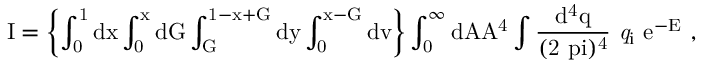
\mathrm { I = \left\{ \int _ { 0 } ^ { 1 } d x \int _ { 0 } ^ { x } d G \int _ { G } ^ { 1 - x + G } d y \int _ { 0 } ^ { x - G } d v \right\} \int _ { 0 } ^ { \infty } d A A ^ { 4 } \int \frac { d ^ { 4 } q } { ( 2 \ p i ) ^ { 4 } } ~ { \it q } _ { i } ~ e ^ { - E } ~ , }